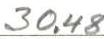
30,48